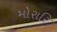
મોરારિ